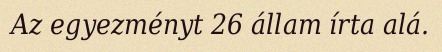
Az egyezményt 26 állam írta alá.